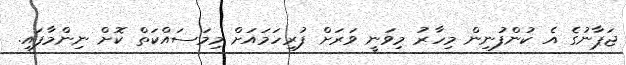
ޖަޕާނުގެ އެ ކުންފުނިން މިހާރު މިވަނީ ވަރަށް ފުރިހަމައަށް މިމަސައްކަތް ކޮށް ނިންމާފައި.